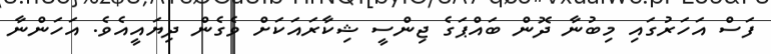
ފަސް އަހަރުގައި މިބުނާ ދޮން ބައްޕަގެ ޖިންސީ ޝިކާރައަކަށް ވެގެން ދިޔައީއެވެ. އަހަންނާ